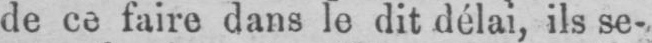
de ce faire dans le dit délai, ils se-